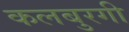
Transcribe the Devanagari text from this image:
कलबुरगी